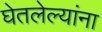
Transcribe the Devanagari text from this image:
घेतलेल्यांना